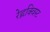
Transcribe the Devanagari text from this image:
रेह्नक्विस्ट